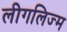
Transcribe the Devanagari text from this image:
लीगलिज्म